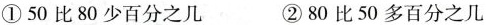
①50比80少百分之几 ②80比50多百分之几